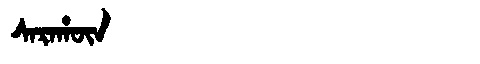
Manchu: ᠰᠠᡵᠠᡥᡡᠨ
Romanization: SARAHŪN